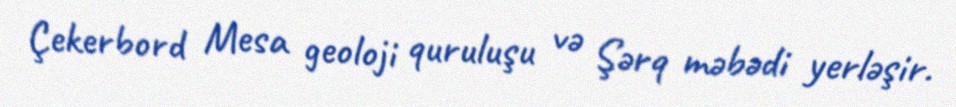
Çekerbord Mesa geoloji quruluşu və Şərq məbədi yerləşir.